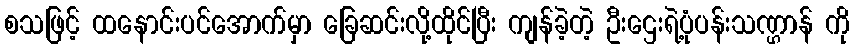
စသဖြင့် ထနောင်းပင်အောက်မှာ ခြေဆင်းလို့ထိုင်ပြီး ကျန်ခဲ့တဲ့ ဦးဌေးရဲ့ပုံပန်းသဏ္ဌာန် ကို